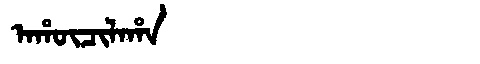
Manchu: ᠠᡥᡡᠴᡳᠯᠠᡥᠠ
Romanization: AHŪCILAHA